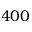
4 0 0